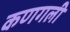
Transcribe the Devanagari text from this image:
कणगली